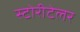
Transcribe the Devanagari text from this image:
स्टोरीटेलर